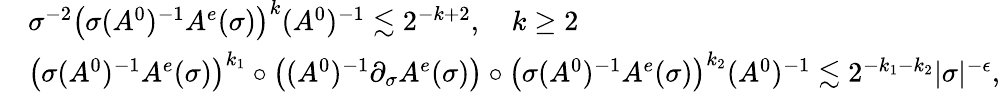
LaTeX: \begin{array}{rl}&{\sigma^{-2}\big(\sigma(A^{0})^{-1}A^{e}(\sigma)\big)^{k}(A^{0})^{-1}\lesssim 2^{-k+2},\quad k\geq 2}\\ &{\big(\sigma(A^{0})^{-1}A^{e}(\sigma)\big)^{k_{1}}\circ\big((A^{0})^{-1}\partial_{\sigma}A^{e}(\sigma)\big)\circ\big(\sigma(A^{0})^{-1}A^{e}(\sigma)\big)^{k_{2}}(A^{0})^{-1}\lesssim 2^{-k_{1}-k_{2}}\vert\sigma\vert^{-\epsilon},}\end{array}